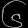
Digit: ၆